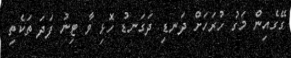
ގޭގެއިން މަގު ހުރަހަށް ދަނޑި ދަގަނޑު ހޮޅި ވާ ޓިނު ފަދަ ތަކެތި